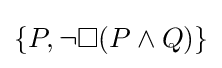
\{P,\neg \Box (P\land Q)\}